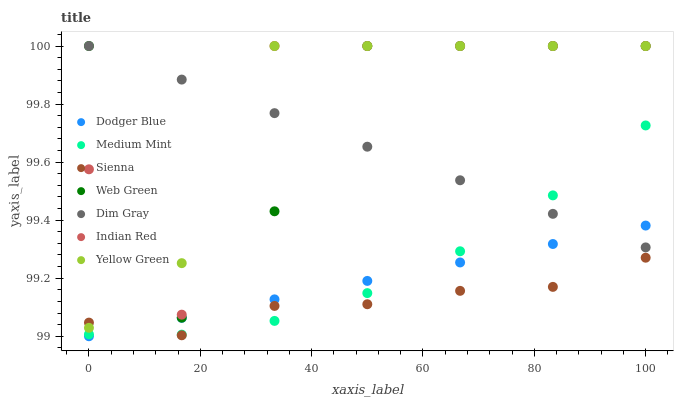
| xaxis_label | Dodger Blue | Medium Mint | Sienna | Web Green | Dim Gray | Indian Red | Yellow Green |
 | --- | --- | --- | --- | --- | --- | --- | --- |
 | 0 | 99 | 99 | 99 | 100 | 100 | 99.6 | 99 |
 | 16.7 | 99.1 | 99 | 99 | 99.1 | 99.9 | 99.1 | 99.3 |
 | 33.3 | 99.1 | 99.1 | 99.1 | 99.4 | 99.8 | 100 | 100 |
 | 50 | 99.2 | 99.1 | 99.1 | 100 | 99.7 | 100 | 100 |
 | 66.7 | 99.3 | 99.3 | 99.2 | 100 | 99.5 | 100 | 100 |
 | 83.3 | 99.3 | 99.5 | 99.2 | 100 | 99.4 | 100 | 100 |
 | 100 | 99.4 | 99.7 | 99.3 | 100 | 99.3 | 100 | 100 |